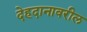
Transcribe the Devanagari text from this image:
देहदानावरील